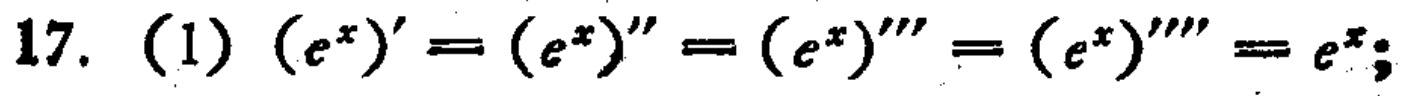
17. (1) $(e^{x})'=(e^{x})''=(e^{x})'''=(e^{x})'''' = e^{x};$